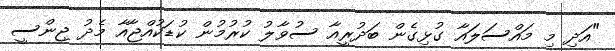
"އަދި މި މައްސަލައާ ގުޅިގެން ބަދުރީއާ ސުވާލު ކުރުމުން ކުޑަކުއްޖާއާ މެދު ޖިންސީ